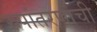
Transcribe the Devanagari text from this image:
रुपांतरणाची